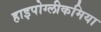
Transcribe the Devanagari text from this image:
हाइपोग्लीकमिया